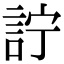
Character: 詝